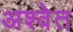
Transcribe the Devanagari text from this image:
अश्‍वेत